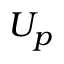
U _ { p }